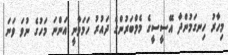
މިހާރު ހިނގަމުންދާ އޭސީސީގެ މެމްބަރުންގެ ދައުރު ހަމަވާނީ އަންނަ މަހުގެ ނުވަ ވަނަ